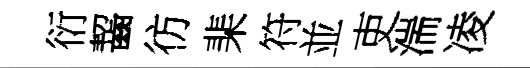
衍齧彷棐符並吏湍凌